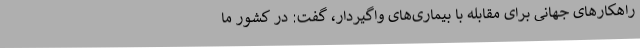
راهکارهای جهانی برای مقابله با بیماری‌های واگیردار، گفت: در کشور ما